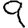
Digit: 9